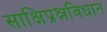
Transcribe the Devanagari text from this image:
साक्षिप्रश्नविधान